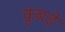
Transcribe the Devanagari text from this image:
कुबड़े